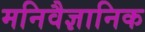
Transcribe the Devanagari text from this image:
मनिवैज्ञानिक